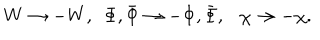
LaTeX: W \rightarrow - W , ~ ~ \Phi , \bar { \Phi } \rightarrow - \Phi , \bar { \Phi } , \chi \rightarrow - \chi .